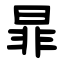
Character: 暃